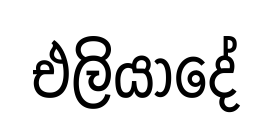
එලියාදේ